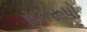
સમરૂપો